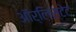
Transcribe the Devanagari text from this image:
ऑर्लिस्टेट